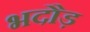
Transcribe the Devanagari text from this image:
भदौड़